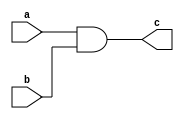
//and_gate using gate_level modeling
module and_gate(a,b,c);
//a,b are inputs and c is output
input a;
input b;
output c;
 and(c,a,b);
endmodule
//end and gate